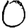
Digit: 0